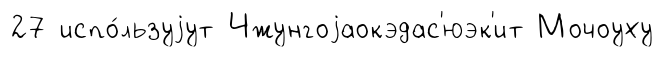
27 испо́льзуjут Чжунгоjаокэдас'юэк'ит Мочоуху